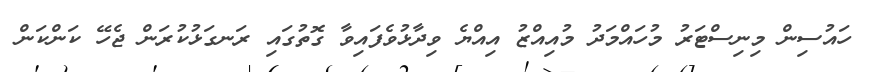
ހައުސިން މިނިސްޓަރު މުހައްމަދު މުއިއްޒު އިއްޔެ ވިދާޅުވެފައިވާ ގޮތުގައި ރަނގަޅުކުރަން ޖެހޭ ކަންކަން